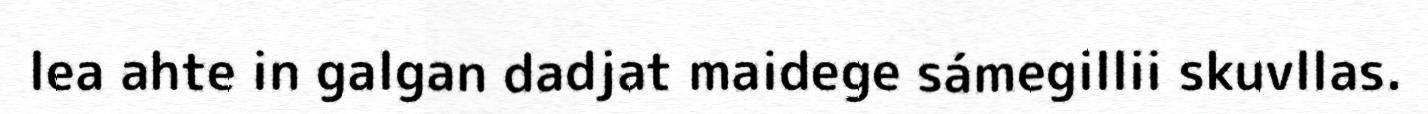
lea ahte in galgan dadjat maidege sámegillii skuvllas.